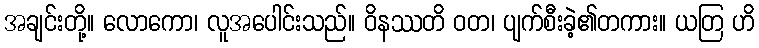
အချင်းတို့။ လောကော၊ လူအပေါင်းသည်။ ဝိနဿတိ ဝတ၊ ပျက်စီးခဲ့၏တကား။ ယတြ ဟိ